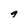
Character: g